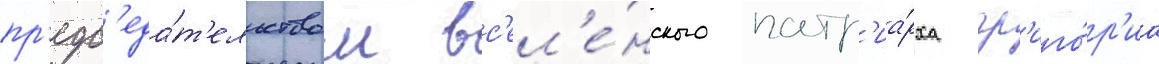
пр'едс'еда́т'ельством вс'ел'е́нского патр'иа́рха гр'иго́р'иа